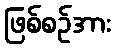
ဖြစ်စဉ်အား